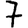
Digit: 7